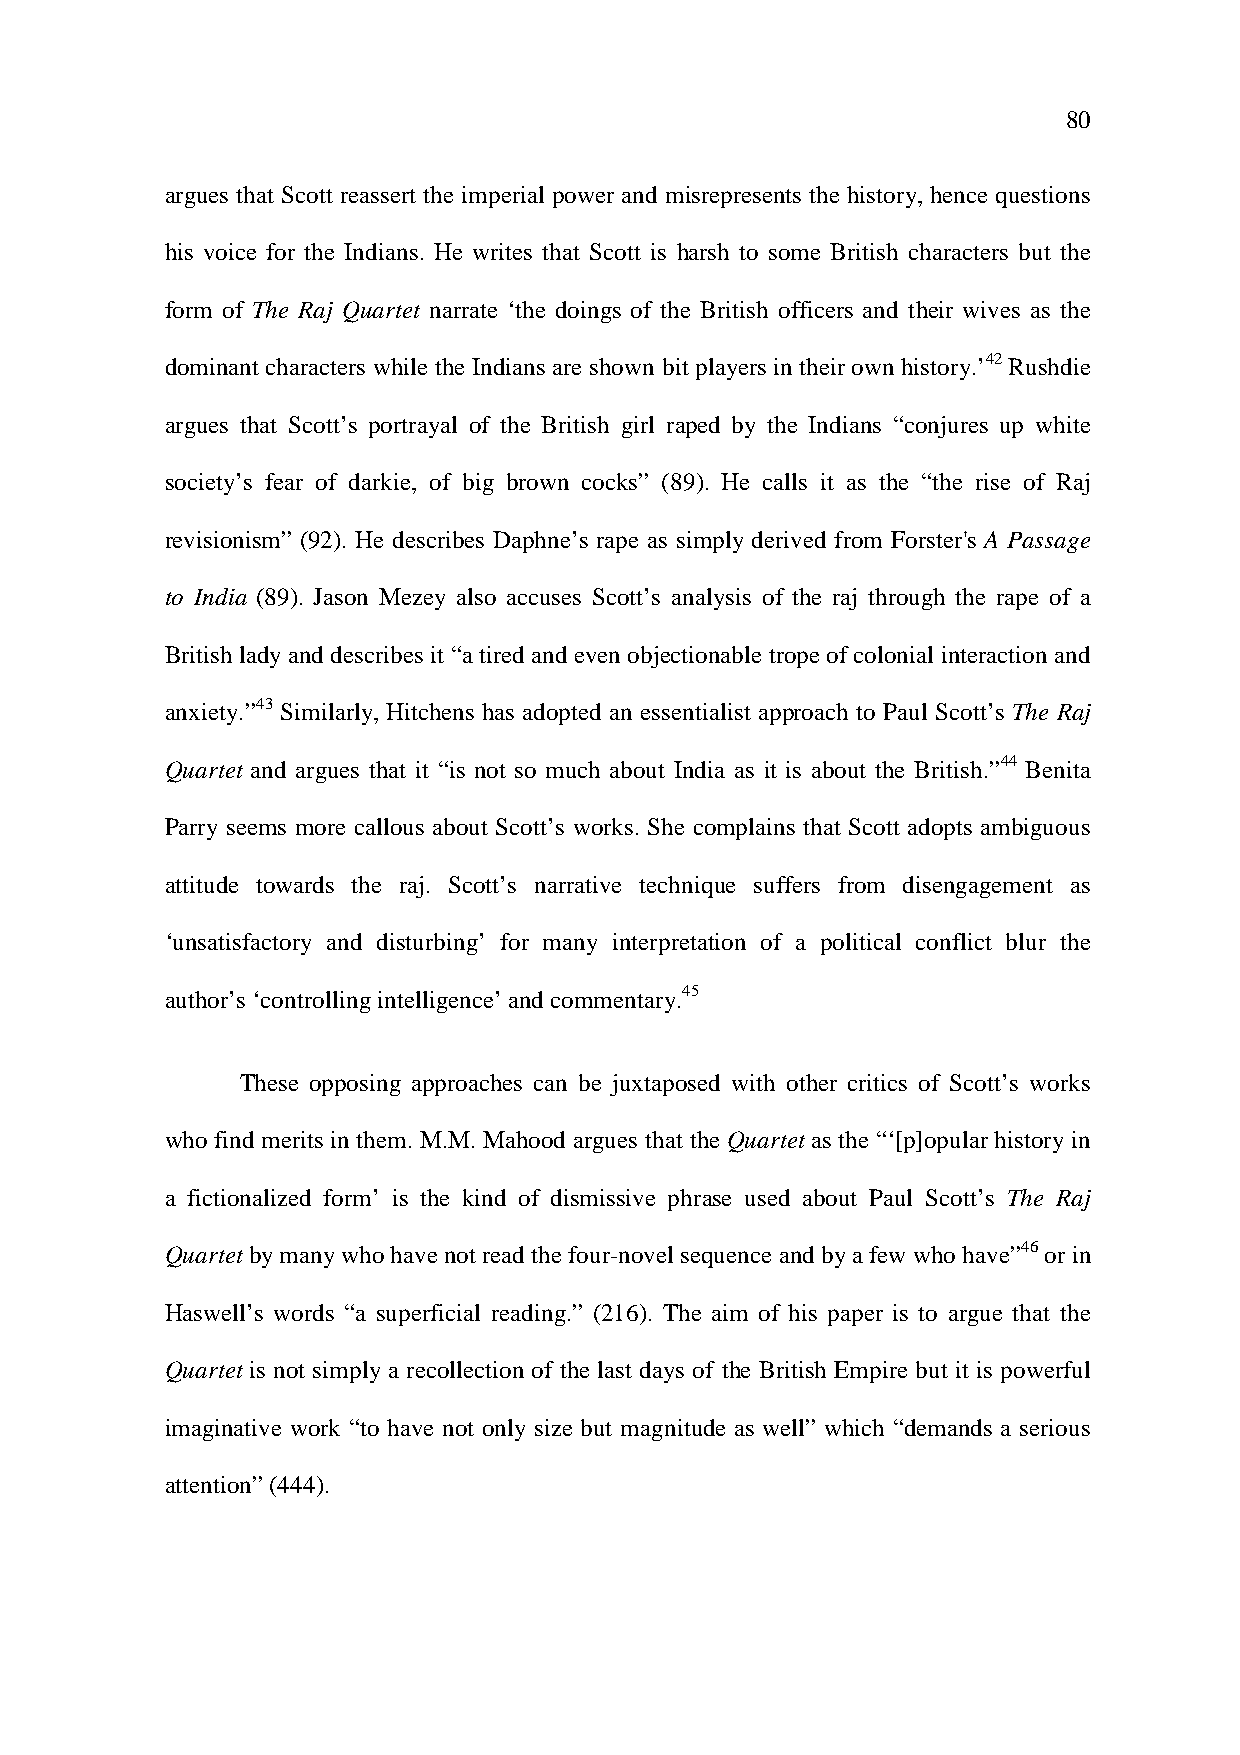
80
 argues that Scott reassert the imperial power and misrepresents the history, hence questions
 his voice for the Indians. He writes that Scott is harsh to some British characters but the
 form of The Raj Quartet narrate ‘the doings of the British officers and their wives as the
 dominant characters while the Indians are shown bit players in their own history.’42 Rushdie
 argues that Scott’s portrayal of the British girl raped by the Indians “conjures up white
 society’s fear of darkie, of big brown cocks” (89). He calls it as the “the rise of Raj
 revisionism” (92). He describes Daphne’s rape as simply derived from Forster's A Passage
 to India (89). Jason Mezey also accuses Scott’s analysis of the raj through the rape of a
 British lady and describes it “a tired and even objectionable trope of colonial interaction and
 anxiety.”43 Similarly, Hitchens has adopted an essentialist approach to Paul Scott’s The Raj
 Quartet and argues that it “is not so much about India as it is about the British.”44 Benita
 Parry seems more callous about Scott’s works. She complains that Scott adopts ambiguous
 attitude towards the raj. Scott’s narrative technique suffers from disengagement as
 ‘unsatisfactory and disturbing’ for many interpretation of a political conflict blur the
 author’s ‘controlling intelligence’ and commentary.45
 These opposing approaches can be juxtaposed with other critics of Scott’s works
 who find merits in them. M.M. Mahood argues that the Quartet as the “‘[p]opular history in
 a fictionalized form’ is the kind of dismissive phrase used about Paul Scott’s The Raj
 Quartet by many who have not read the four-novel sequence and by a few who have”46 or in
 Haswell’s words “a superficial reading.” (216). The aim of his paper is to argue that the
 Quartet is not simply a recollection of the last days of the British Empire but it is powerful
 imaginative work “to have not only size but magnitude as well” which “demands a serious
 attention” (444).